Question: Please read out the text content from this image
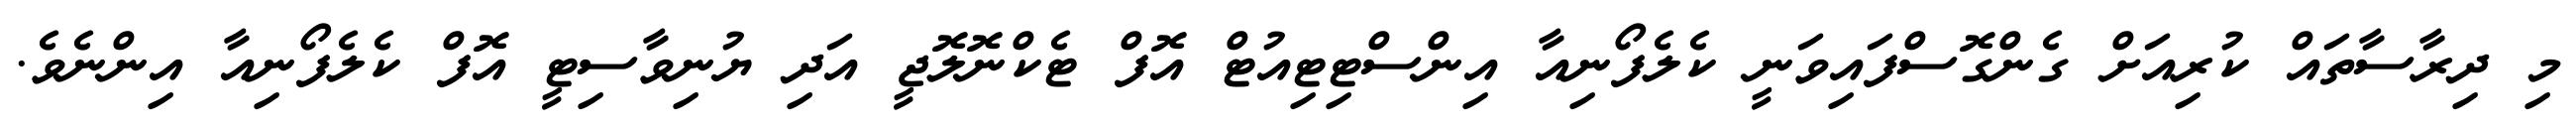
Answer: މި ދިރާސާތައް ކުރިއަށް ގެންގޮސްފައިވަނީ ކެލެފޯނިއާ އިންސްޓިޓިއުޓް އޮފް ޓެކްނޮލޮޖީ އަދި ޔުނިވާސިޓީ އޮފް ކެލެފޯނިއާ އިންނެވެ.